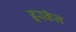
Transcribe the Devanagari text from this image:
इस्कॅन